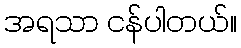
အရသာ ငန်ပါတယ်။